Civil Veterinary Department. Madras. Admin. report 1926-33 - 1926-1933
Year: 1926
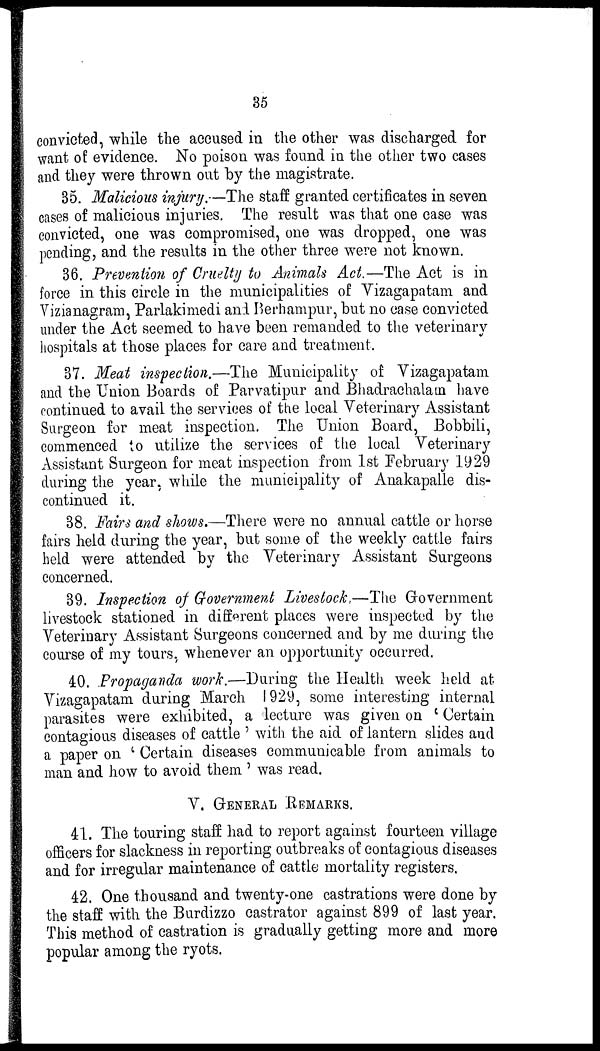
35
convicted, while the accused in the other was discharged for
want of evidence. No poison was found in the other two cases
and they were thrown out by the magistrate.
35. Malicious injury.—The staff granted certificates in seven
cases of malicious injuries. The result was that one case was
convicted, one was compromised, one was dropped, one was
pending, and the results in the other three were not known.
36. Prevention of Cruelty to Animals Act.—The Act is in
force in this circle in the municipalities of Vizagapatam and
Vizianagram, Parlakimedi and Berhampur, but no case convicted
under the Act seemed to have been remanded to the veterinary
hospitals at those places for care and treatment.
37. Meat inspection.—The Municipality of Vizagapatam
and the Union Boards of Parvatipur and Bhadrachalam have
continued to avail the services of the local Veterinary Assistant
Surgeon for meat inspection. The Union Board, Bobbili,
commenced to utilize the services of the local Veterinary
Assistant Surgeon for meat inspection from 1st February 1929
during the year, while the municipality of Anakapalle dis-
continued it.
38. Fairs and shows.—There were no annual cattle or horse
fairs held during the year, but some of the weekly cattle fairs
held were attended by the Veterinary Assistant Surgeons
concerned.
39. Inspection of Government Livestock.—The Government
livestock stationed in different places were inspected by the
Veterinary Assistant Surgeons concerned and by me during the
course of my tours, whenever an opportunity occurred.
40. Propaganda work.—During the Health week held at
Vizagapatam during March 1929, some interesting internal
parasites were exhibited, a lecture was given on 'Certain
contagious diseases of cattle' with the aid of lantern slides and
a paper on 'Certain diseases communicable from animals to
man and how to avoid them' was read.
V. GENERAL REMARKS.
41. The touring staff had to report against fourteen village
officers for slackness in reporting outbreaks of contagious diseases
and for irregular maintenance of cattle mortality registers.
42. One thousand and twenty-one castrations were done by
the staff with the Burdizzo castrator against 899 of last year.
This method of castration is gradually getting more and more
popular among the ryots.